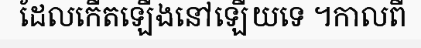
ដែលកើតឡើងនៅឡើយទេ ។កាលពី